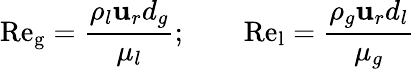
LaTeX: \mathrm{Re_{g}}=\frac{\rho_{l}\mathbf{u}_{r}d_{g}}{\mu_{l}};\qquad\mathrm{Re_{l}}=\frac{\rho_{g}\mathbf{u}_{r}d_{l}}{\mu_{g}}